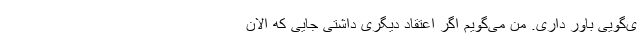
ی‌گویی باور داری. من می‌گویم اگر اعتقاد دیگری داشتی جایی که الان